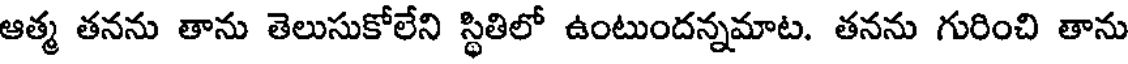
ఆత్మ తనను తాను తెలుసుకోలేని స్థితిలో ఉంటుందన్నమాట. తనను గురించి తాను